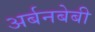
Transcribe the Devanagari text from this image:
अर्बनबेबी